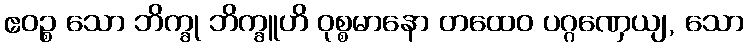
ဧဝဉ္စ သော ဘိက္ခု ဘိက္ခူဟိ ဝုစ္စမာနော တထေဝ ပဂ္ဂဏှေယျ, သော